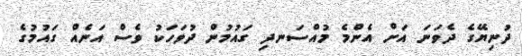
ދުނިޔޭގެ ދެވަނަ އަށް އެންމެ މުއްސަނދި ގައުމުން ދުވަހަކު ވެސް އަނެއް ގައުމުގެ